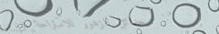
حدائق الزهور للاستراحة تر